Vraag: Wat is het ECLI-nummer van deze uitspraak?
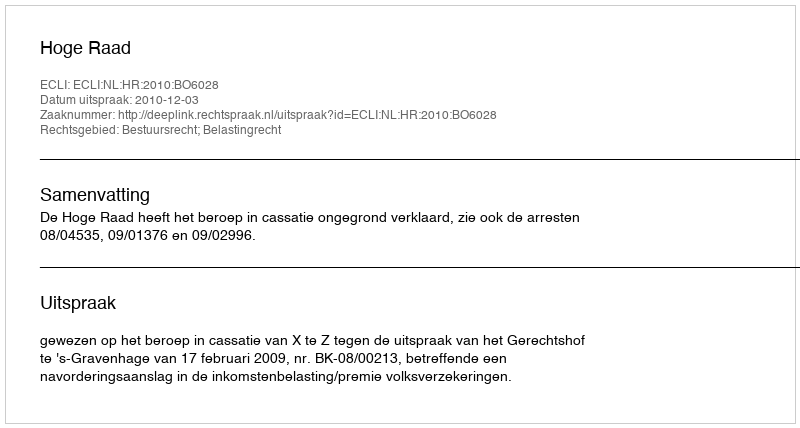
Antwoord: ECLI:NL:HR:2010:BO6028